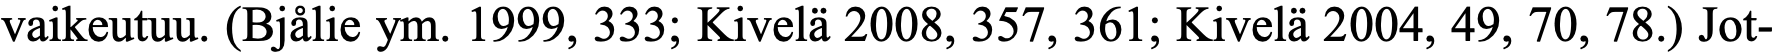
vaikeutuu. (Bjålie ym. 1999, 333; Kivelä 2008, 357, 361; Kivelä 2004, 49, 70, 78.) Jot-